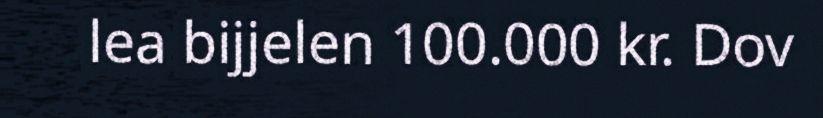
lea bijjelen 100.000 kr. Dov